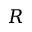
R